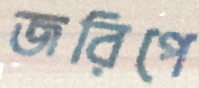
জরিপে